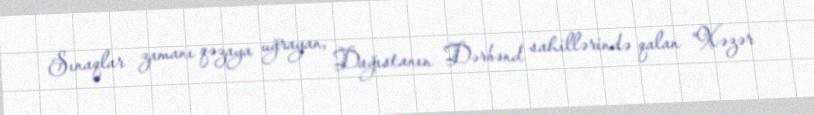
Sınaqlar zamanı qəzaya uğrayan, Dağıstanın Dərbənd sahillərində qalan “Xəzər